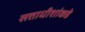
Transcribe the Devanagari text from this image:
सत्ताधीशांकडे